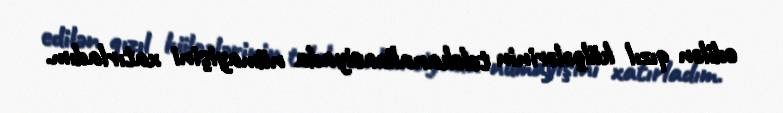
edilən qızıl külçələrinin telekanalizasiyada nümayişini xatırladım.